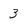
Character: 3